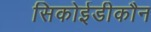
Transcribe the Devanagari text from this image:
सिकोईडीकौन